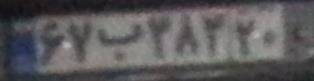
۶۷ب۳۸۲۲۰